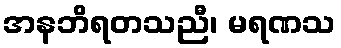
အနဘိရတသညီ၊ မရဏသ